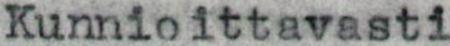
Kunnioittavasti